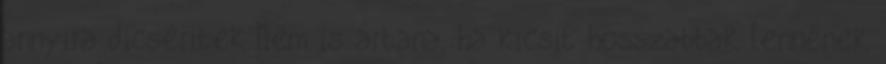
annyira dicséritek Nem is ártana, ha kicsit hosszabbak lennének